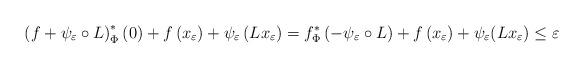
LaTeX: \begin{align*}\left(f+\psi_{\varepsilon}\circ L\right)^{*}_\Phi\left(0\right)+f\left(x_\varepsilon\right)+\psi_{\varepsilon}\left(Lx_\varepsilon\right)=f^{*}_\Phi \left(-\psi_\varepsilon \circ L \right)+f\left(x_\varepsilon\right)+ \psi_{\varepsilon} (L x_\varepsilon) \leq\varepsilon\end{align*}